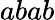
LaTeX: abab